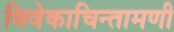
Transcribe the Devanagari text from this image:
विवेकाचिन्तामणी